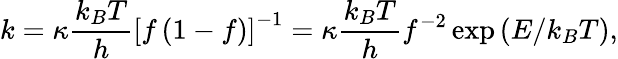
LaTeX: k=\kappa\frac{k_{B}T}{h}\left[f\left(1-f\right)\right]^{-1}=\kappa\frac{k_{B}T}{h}f^{-2}\exp\left(E/k_{B}T\right),